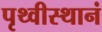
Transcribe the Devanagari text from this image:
पृथ्वीस्थानं